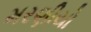
મરણીયો